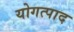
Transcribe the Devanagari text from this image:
योगत्पाद